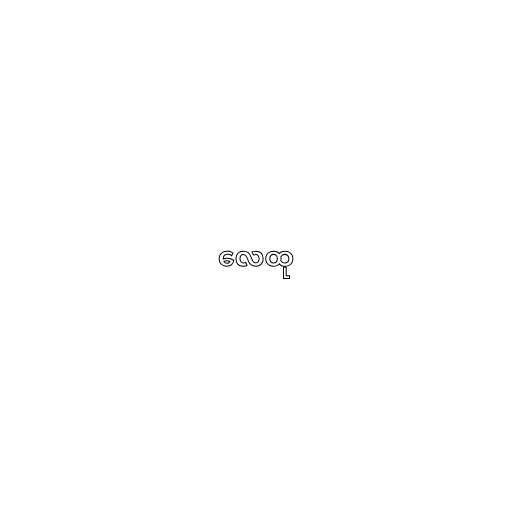
လေထု